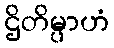
ဌိတိမ္ပာဟံ